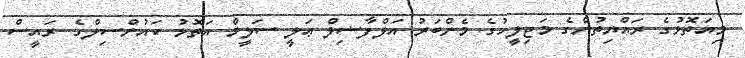
މިއަތޮޅުގެ ރައްޔިތުންގެ މަޖިލީހުގެ މެންބަރު އަލްފާޟިލް ޢަލީ ސަލީމް އަތޮޅު ކައުންސިލްގެ ރައީސް